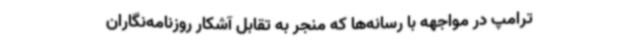
ترامپ در مواجهه با رسانه‌ها که منجر به تقابل آشکار روزنامه‌نگاران